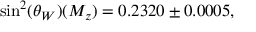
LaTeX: \sin ^ { 2 } ( \theta _ { W } ) ( M _ { z } ) = 0 . 2 3 2 0 \pm 0 . 0 0 0 5 ,